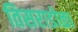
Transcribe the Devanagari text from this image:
तिसराडोळा